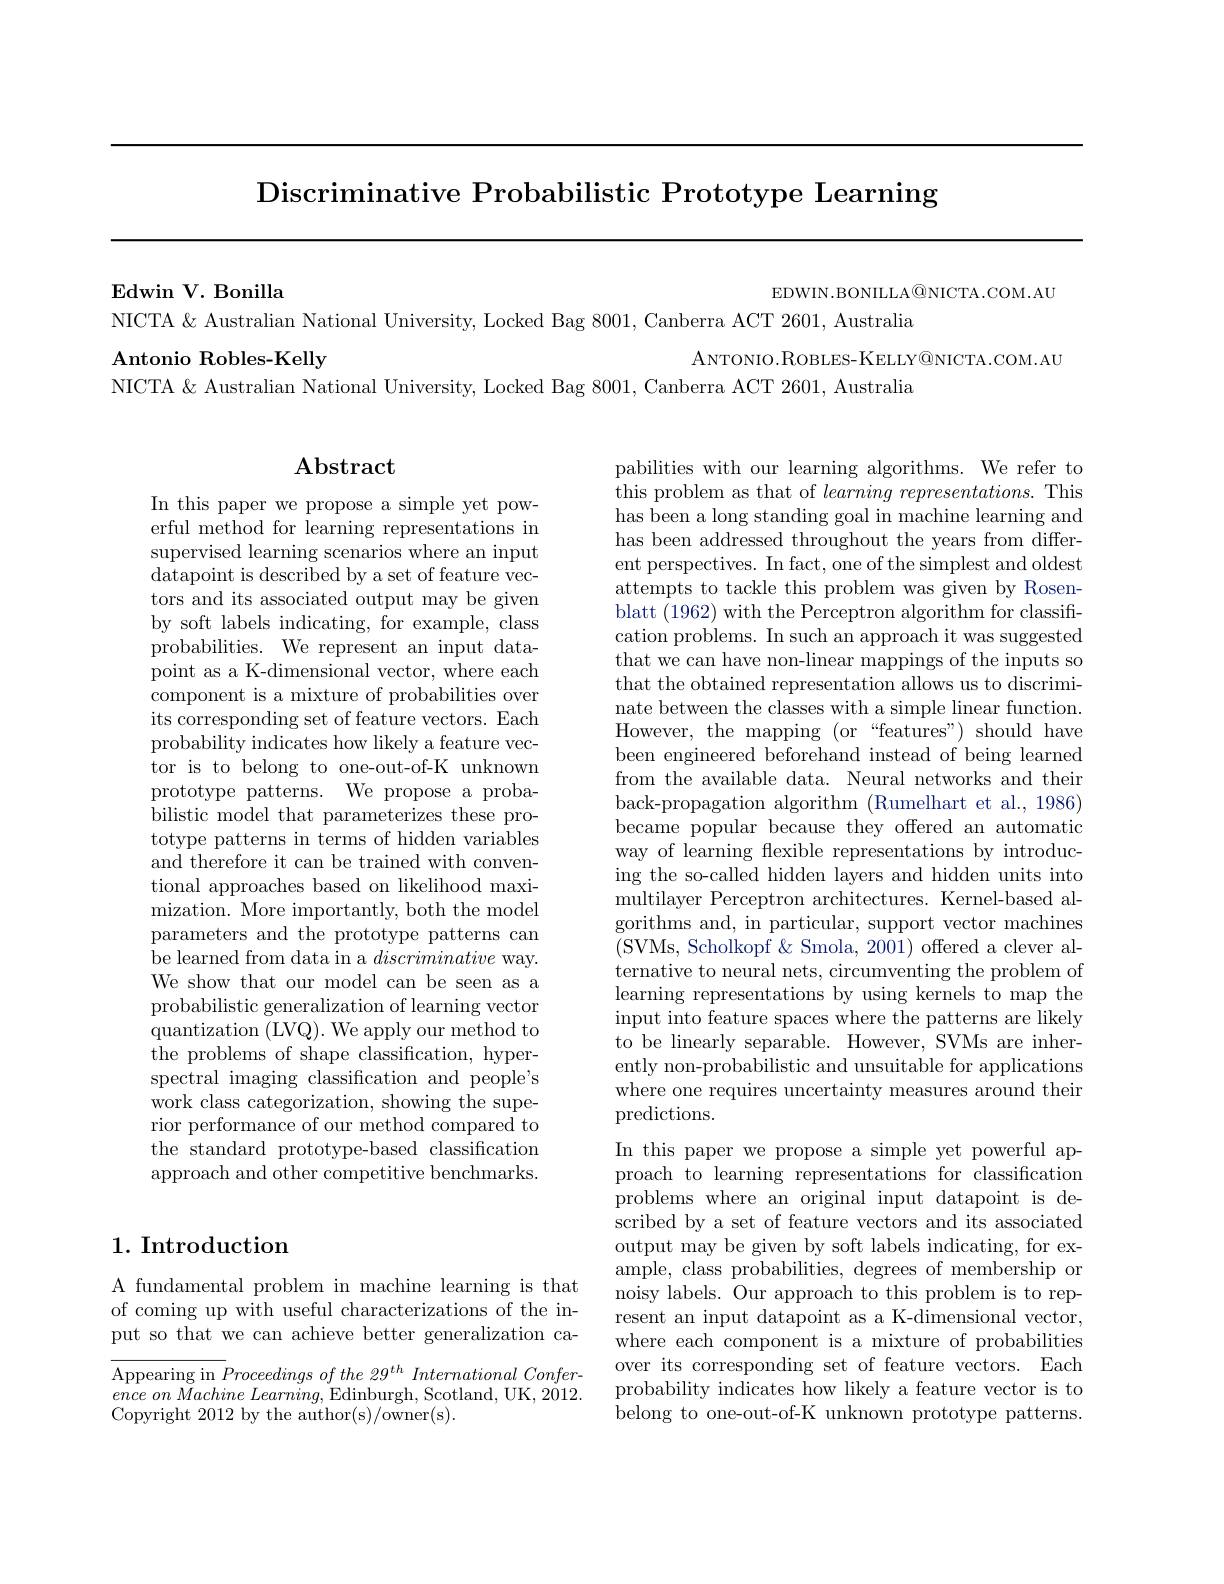
Discriminative Probabilistic Prototype Learning

$\mathbf{EdwinV.Bonilla}$

EDWIN.BONILLA@NICTA.COM.AU

NICTA & Australian National University, Locked Bag 8001, Canberra ACT 2601, Australia
Antonio Robles- Kelly
ANTONIO. ROBLES- KELLY@ NICTA. COM. AU
NICTA & Australian National University, Locked Bag 8001, Canberra ACT 2601, Australia

## $\mathbf{Abstract}$

In this paper we propose a simple yet powerful method for learning representations in supervised learning scenarios where an input datapoint is described by a set of feature vectors and its associated output may be given by soft labels indicating, for example, class probabilities. We represent an input datapoint as a K-dimensional vector, where each component is a mixture of probabilities over its corresponding set of feature vectors. Each probability indicates how likely a feature vector is to belong to one-out-of-K unknown prototype patterns. We propose a probabilistic model that parameterizes these prototype patterns in terms of hidden variables and therefore it can be trained with conventional approaches based on likelihood maximization. More importantly, both the model parameters and the prototype patterns can be learned from data in a discriminative way. We show that our model can be seen as a probabilistic generalization of learning vector quantization (LVQ). We apply our method to the problems of shape classification, hyperspectral imaging classification and people's work class categorization, showing the superior performance of our method compared to the standard prototype-based classification approach and other competitive benchmarks.

## 1. Introduction

A fundamental problem in machine learning is that of coming up with useful characterizations of the input so that we can achieve better generalization ca-

$\overline {\text{Appearing in }P}roceedingsofthe29^{th}International\textit{Confer- }$ $ence\textit{ on Machine Learning, Edinburgh, Scotland, UK, 2012. }$ Copyright 2012 by the author(s)/owner(s).

pabilities with our learning algorithms. We refer to ${\mathrm{this~problem~as~that~of~learning~representations.~This}}$ has been a long standing goal in machine learning and has been addressed throughout the years from different perspectives. In fact, one of the simplest and oldest attempts to tackle this problem was given by Rosenblatt (1962) with the Perceptron algorithm for classification problems. In such an approach it was suggested that we can have non-linear mappings of the inputs so that the obtained representation allows us to discriminate between the classes with a simple linear function. However, the mapping (or“features”) should have been engineered beforehand instead of being learned from the available data. Neural networks and their back-propagation algorithm (Rumelhart et al., 1986) became popular because they offered an automatic way of learning flexible representations by introducing the so-called hidden layers and hidden units into multilayer Perceptron architectures. Kernel-based algorithms and, in particular, support vector machines (SVMs, Scholkopf&Smola, 2001) offered a clever alternative to neural nets, circumventing the problem of learning representations by using kernels to map the input into feature spaces where the patterns are likely to be linearly separable. However, SVMs are inherently non-probabilistic and unsuitable for applications where one requires uncertainty measures around their predictions.
In this paper we propose a simple yet powerful approach to learning representations for classification problems where an original input datapoint is described by a set of feature vectors and its associated output may be given by soft labels indicating, for example, class probabilities, degrees of membership or noisy labels. Our approach to this problem is to represent an input datapoint as a K-dimensional vector, where each component is a mixture of probabilities over its corresponding set of feature vectors. Each probability indicates how likely a feature vector is to belong to one-out-of-K unknown prototype patterns.